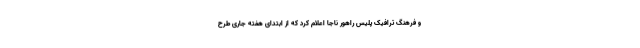
و فرهنگ ترافیک پلیس راهور ناجا اعلام کرد که از ابتدای هفته جاری طرح